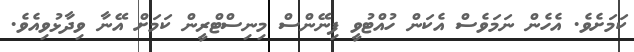
ކަމަށެވެ. އެހެން ނަމަވެސް އެކަން ހުއްޓުވީ ފިނޭންސް މިނިސްޓްރީން ކަމަށް އޭނާ ވިދާޅުވިއެވެ.